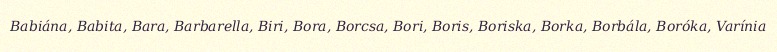
Babiána, Babita, Bara, Barbarella, Biri, Bora, Borcsa, Bori, Boris, Boriska, Borka, Borbála, Boróka, Varínia